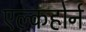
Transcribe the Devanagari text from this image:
एल्कहोर्न